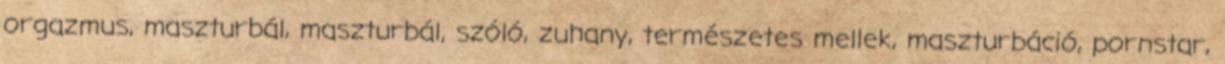
orgazmus, maszturbál, maszturbál, szóló, zuhany, természetes mellek, maszturbáció, pornstar,